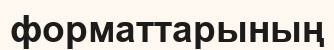
форматтарының